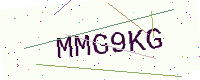
Text: MMG9KG